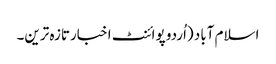
اسلام آباد (اُردو پوائنٹ اخبارتازہ ترین۔